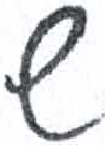
אות: ש